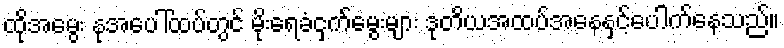
ထိုအမွေး နုအပေါ်ထပ်တွင် မိုးရေခံငှက်မွေးများ ဒုတိယအထပ်အနေနှင့်ပေါက်နေသည်။